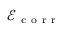
\mathcal { E } _ { \mathrm { ~ c ~ o ~ r ~ r ~ } }